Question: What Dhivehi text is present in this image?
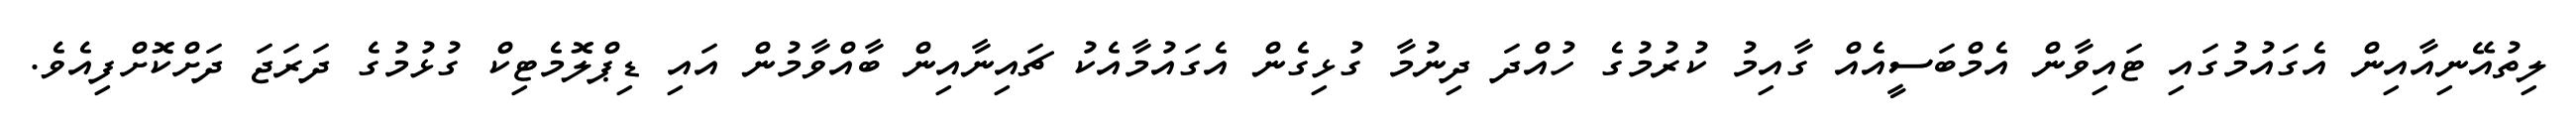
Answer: ލިތުއޭނިއާއިން އެގައުމުގައި ޓައިވާން އެމްބަސީއެއް ގާއިމު ކުރުމުގެ ހުއްދަ ދިނުމާ ގުޅިގެން އެގައުމާއެކު ޗައިނާއިން ބާއްވާމުން އައި ޑިޕްލޮމެޓިކް ގުޅުމުގެ ދަރަޖަ ދަށްކޮށްފިއެވެ.